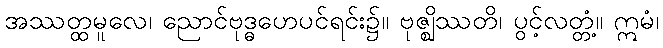
အဿတ္ထမူလေ၊ ညောင်ဗုဒ္ဓဟေပင်ရင်း၌။ ဗုဇ္ဈိဿတိ၊ ပွင့်လတ္တံ့။ ဣမံ၊